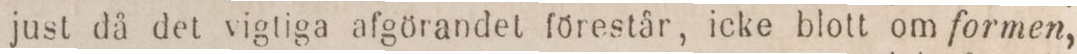
just då det vigtiga afgörandet förestår, icke blott om formen,